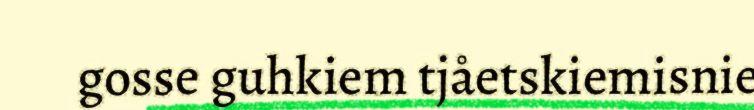
gosse guhkiem tjåetskiemisnie